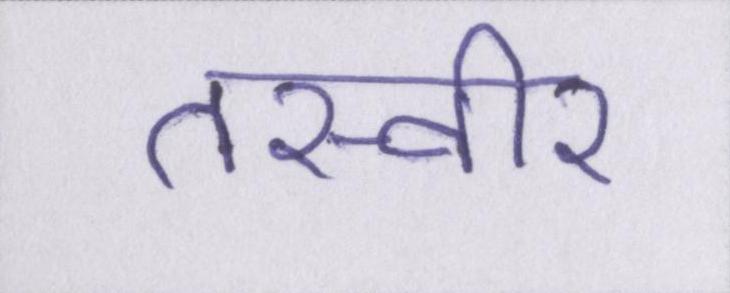
तस्वीर